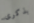
بذكرى